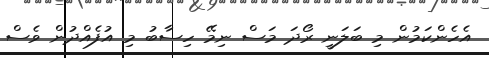
އެހެންކަމުން މި ބަލަނީ ރޯދަ މަސް ނިމޭ ހިސާބު މި އުފެއްދުން ވެސް